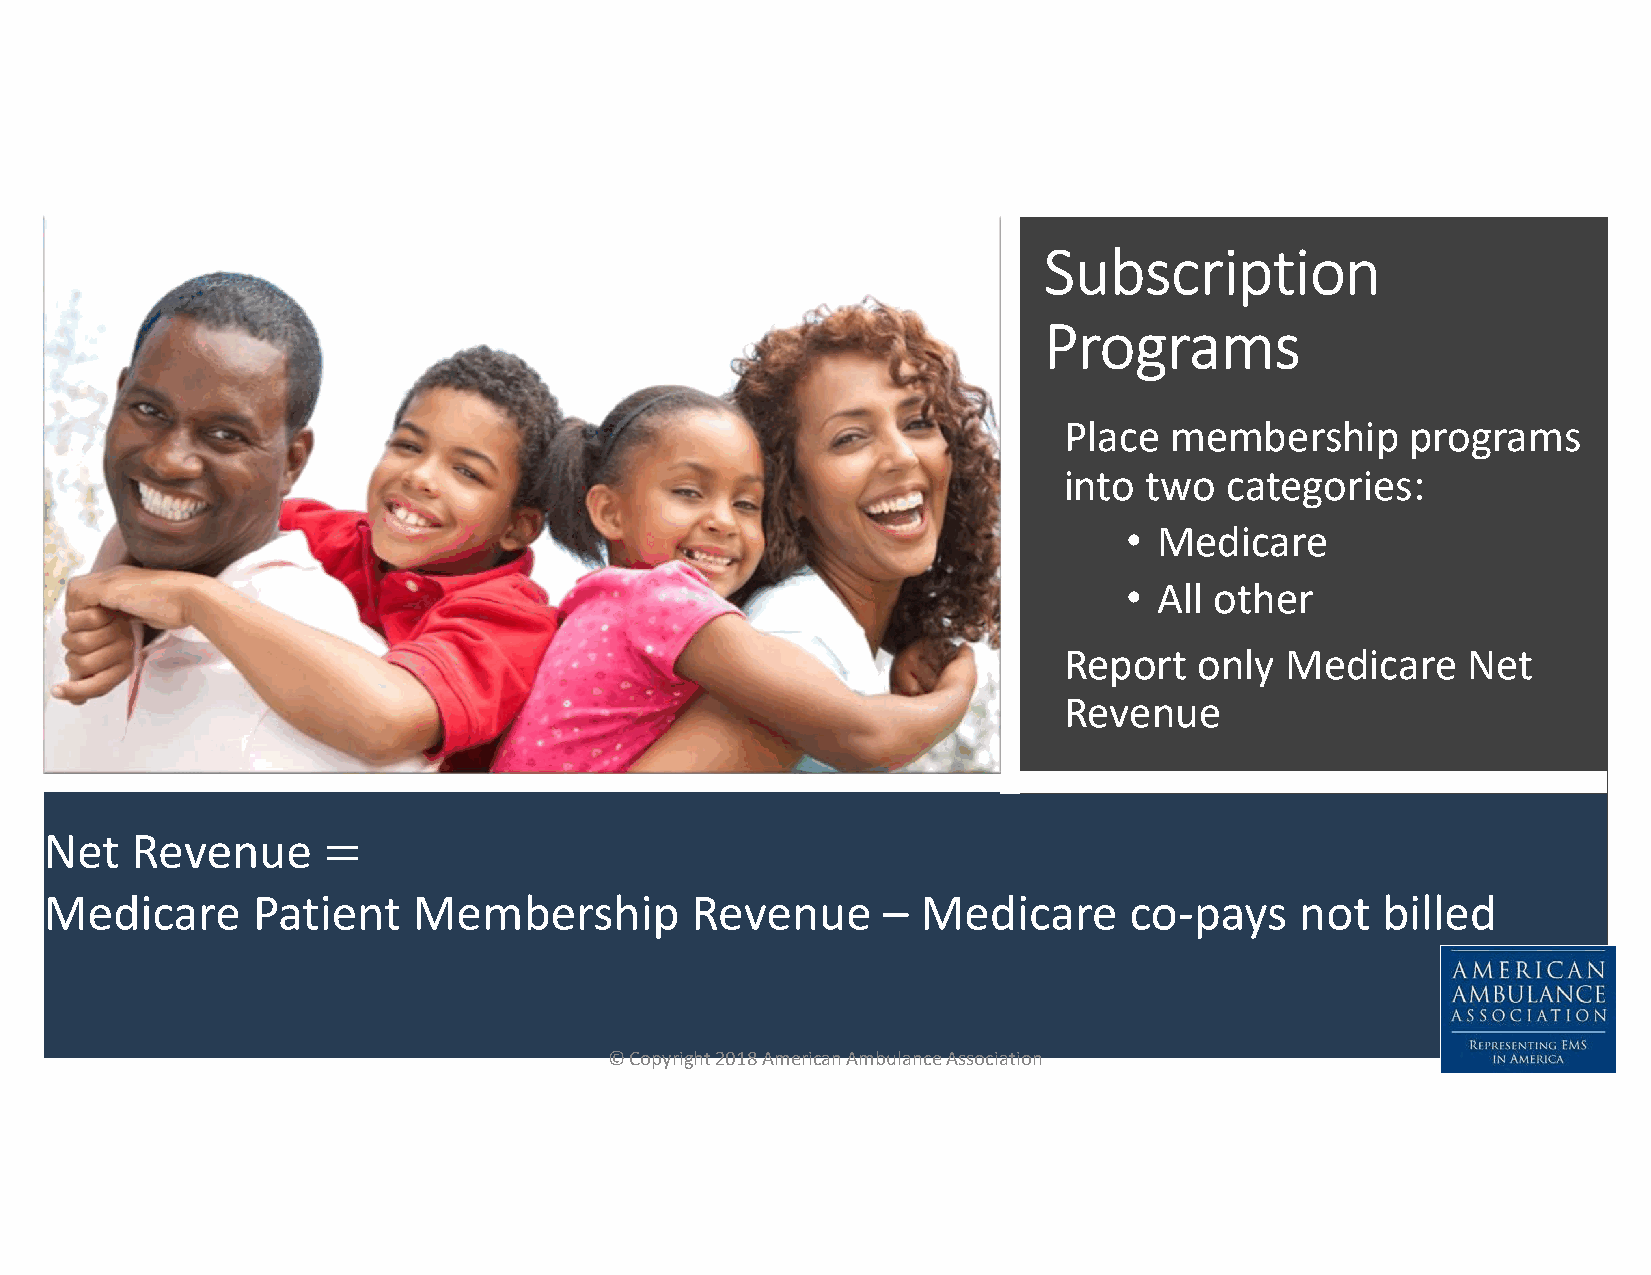
Subscription
 Programs
 Place  membership      programs
 into  two  categories:
 •  Medicare
 •  All other
 Report   only  Medicare    Net
 Revenue
 Net   Revenue
 Medicare      Patient   Membership         Revenue     –  Medicare      co-pays    not  billed
 © Copyright 2018 American Ambulance Association